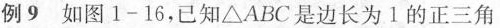
例9如图1-16，已知△ABC是边长为1的正三角